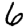
Digit: 6